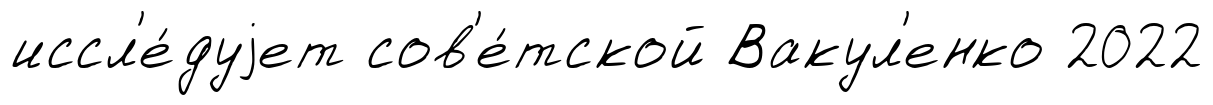
иссл'е́дуjет сов'е́тской Вакул'енко 2022